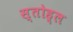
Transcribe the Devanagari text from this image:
स्तोह्ल